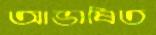
আভাষিত